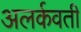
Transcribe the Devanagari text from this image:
अलर्कवती